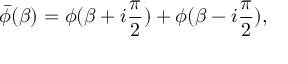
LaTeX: \bar { \phi } ( \beta ) = \phi ( \beta + i { \frac { \pi } { 2 } } ) + \phi ( \beta - i { \frac { \pi } { 2 } } ) ,